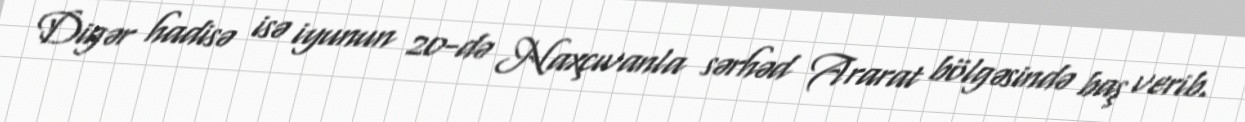
Digər hadisə isə iyunun 20-də Naxçıvanla sərhəd Ararat bölgəsində baş verib.